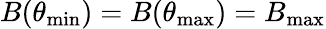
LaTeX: B(\theta_{\mathrm{min}})=B(\theta_{\mathrm{max}})=B_{\mathrm{max}}